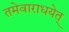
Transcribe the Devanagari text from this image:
तमेवाराधयेत्